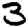
Digit: 3